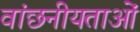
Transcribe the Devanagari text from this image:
वांछनीयताओं